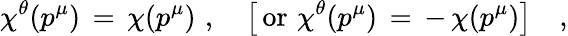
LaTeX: \chi^{\theta}(p^{\mu})\, =\, \chi(p^{\mu})\, \, ,\quad\big[\, \mathrm{or}\, \, \chi^{\theta}(p^{\mu})\, =\, -\, \chi(p^{\mu})\big]\quad,